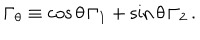
LaTeX: \Gamma _ { \theta } \equiv \cos \theta \, \Gamma _ { 1 } + \sin \theta \, \Gamma _ { 2 } \, .